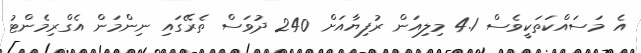
އެ މަސައްކަތަކީވެސް 4.1 މިލިއަން ރުފިޔާއަށް 240 ދުވަސް ތެރޭގައި ނިންމަން އެގްރިމެންޓު